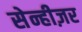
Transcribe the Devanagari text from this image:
सेन्हीज़र